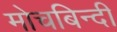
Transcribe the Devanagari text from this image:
मोचबिन्दी